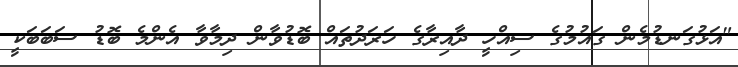
"އަޅުގަނޑުމެން ގައުމުގެ ސިއްހީ ދާއިރާގެ ހަރަދުތައް ބޮޑުވާން ދިމާވާ އެންމެ ބޮޑު ސަބަބަކީ